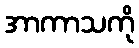
အာကာသကို